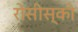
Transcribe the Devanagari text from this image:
रोसीस्की